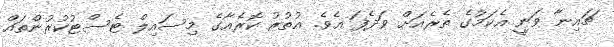
ޗައިނާ ވަނީ އެކަމުގެ ތެރެއަށް ވަދެފަ އެވެ. އުތުރު ކޮރެއާގެ މިސައިލް ޓެސްޓުކުރުންތައް